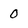
Character: 0